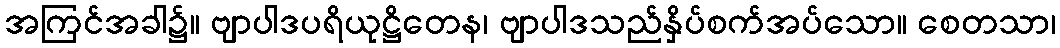
အကြင်အခါ၌။ ဗျာပါဒပရိယုဋ္ဌိတေန၊ ဗျာပါဒသည်နှိပ်စက်အပ်သော။ စေတသာ၊